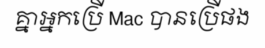
គ្នាអ្នកប្រើ Mac បានប្រើផង